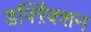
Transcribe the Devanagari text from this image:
डफ्ऱैिक्शन